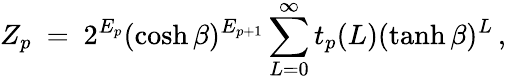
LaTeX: Z_{p}~=~2^{E_{p}}(\cosh\beta)^{E_{p+1}}\sum_{L=0}^{\infty}t_{p}(L)(\operatorname{tanh}\beta)^{L}\, ,